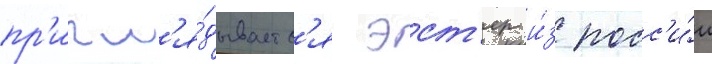
пр'игл'я́дываетс'я эст'ер и́з росс'и́и